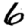
Digit: 6